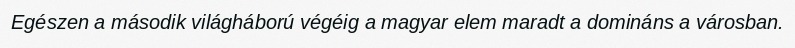
Egészen a második világháború végéig a magyar elem maradt a domináns a városban.